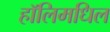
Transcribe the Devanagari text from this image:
हॉलिमधिल